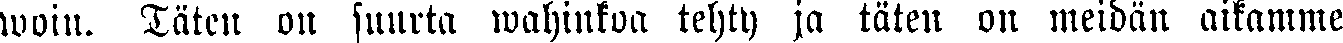
woin. Täten on suurta wahinkoa tehty ja täten on meidän aikamme